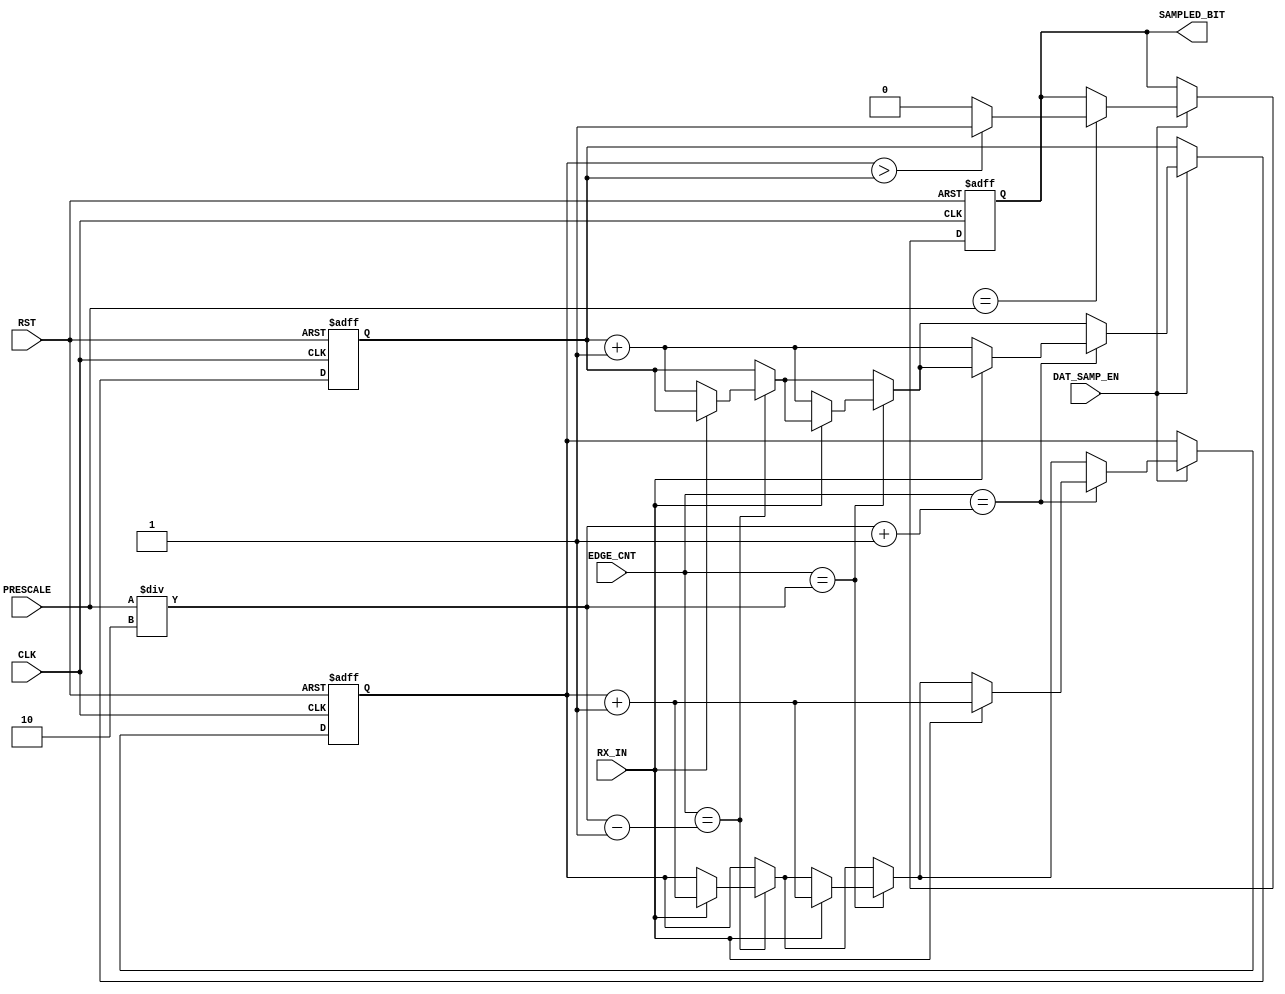
module Data_Sampling  # 	( parameter BusWidth 	= 8 ) 
	(
		input 	wire 	CLK 		,
		input 	wire 	RST 		,
		input 	wire 	DAT_SAMP_EN	,
		input 	wire 	PRESCALE 	,
		input 	wire 	EDGE_CNT 	,
		input 	wire 	RX_IN 		,
							  
		output 	reg		SAMPLED_BIT 		  
	);

reg  [1:0] OneCounter , ZeroCounter		;


always @ (posedge CLK or negedge RST)
 begin
	if(!RST)
		begin
			SAMPLED_BIT 	<= 1'b0		;
			OneCounter 	<= 2'b0 	;
			ZeroCounter 	<= 2'b0 	;
		end
	else if (DAT_SAMP_EN)
		begin
		
			if(EDGE_CNT == (PRESCALE/2-1))
				begin
					if(RX_IN == 1)
						OneCounter <= OneCounter + 1 	;
					else
						ZeroCounter <= ZeroCounter + 1	;
				end	
				
			if(EDGE_CNT == (PRESCALE/2))
				begin
					if(RX_IN == 1)
						OneCounter <= OneCounter + 1 	;
					else
						ZeroCounter <= ZeroCounter + 1 	;
				end	
				
			if(EDGE_CNT == (PRESCALE/2+1))
				begin
					if(RX_IN == 1)
						OneCounter <= OneCounter + 1 	;
					else
						ZeroCounter <= ZeroCounter + 1 	;
				end	
				
			if(EGDE_CNT == PRESCALE)
				begin
					if (OneCounter > ZeroCounter)	
						SAMPLED_BIT <= 1'b1 ;
					else 	
						SAMPLED_BIT <= 1'b0 ;
					end
				end	
					
 end	
 
 endmodule